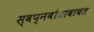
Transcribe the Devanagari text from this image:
स्वप्नबोधाबाबत